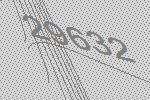
29632